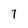
Character: 7